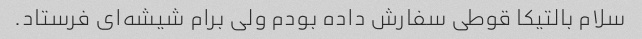
سلام بالتیکا قوطی سفارش داده بودم ولی برام شیشه‌ای فرستاد.